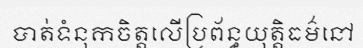
បាត់ទំនុកចិត្តលើប្រព័ន្ធយុត្តិធម៌នៅ